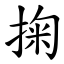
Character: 掬